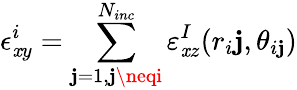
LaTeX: \epsilon_{\mathit{x}y}^{i}=\sum_{\mathbf{j}=1,\mathbf{j}\neqi}^{N_{inc}}\varepsilon_{\mathit{x}z}^{I}(r_{i}\mathbf{j},\theta_{i\mathbf{j}})